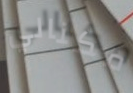
مكنالي